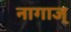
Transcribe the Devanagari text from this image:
नागाज्